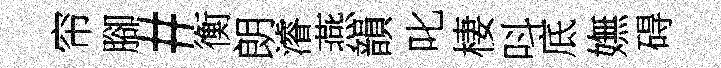
帘腳#衡朗濬燕韻叱棲呌底嫵碍